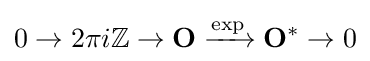
0\to 2\pi i\mathbb {Z} \to \mathbf {O} \xrightarrow {\exp } \mathbf {O} ^{*}\to 0